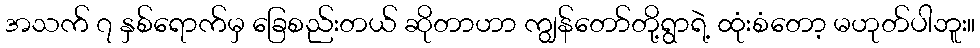
အသက် ၇ နှစ်ရောက်မှ ခြေစည်းတယ် ဆိုတာဟာ ကျွန်တော်တို့ရွာရဲ့ ထုံးစံတော့ မဟုတ်ပါဘူး။